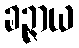
ခဉ္ဇာယ